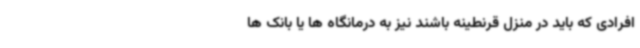
افرادی که باید در منزل قرنطینه باشند نیز به درمانگاه ها یا بانک ها